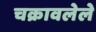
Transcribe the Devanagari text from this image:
चक्रावलेले